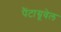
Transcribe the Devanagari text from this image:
पैंटाग्रूवेल